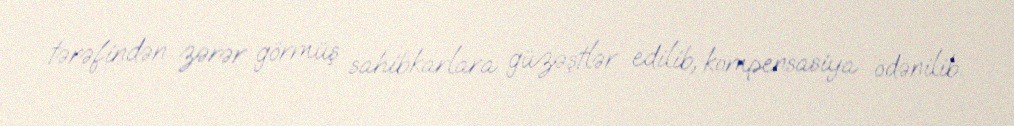
tərəfindən zərər görmüş sahibkarlara güzəştlər edilib, kompensasiya ödənilib.